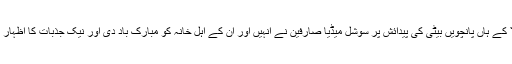
لالا کے ہاں پانچویں بیٹی کی پیدائش پر سوشل میڈیا صارفین نے انہیں اور ان کے اہل خانہ کو مبارک باد دی اور نیک جذبات کا اظہار کیا۔